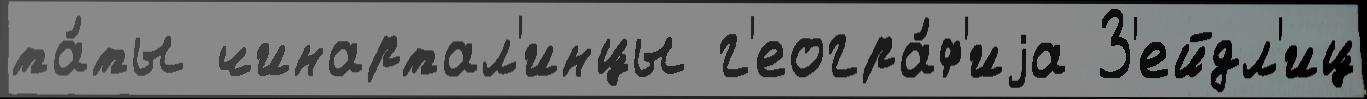
та́ты чинартал'инцы г'еогра́ф'иjа З'ейдл'иц